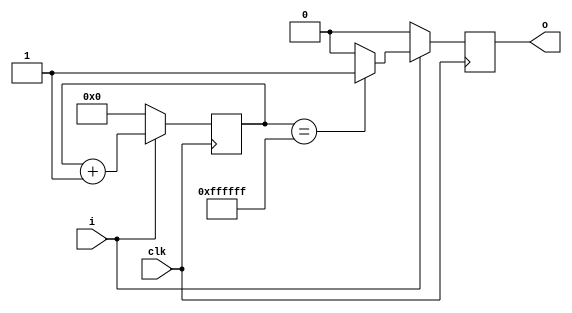
//--------------------------------------------------------------------------------------------
//
// Generated by X-HDL VHDL Translator - Version 2.0.0 Feb. 1, 2011
// ?? ?? 29 2018 17:05:09
//
//      Input file      : 
//      Component name  : debounce
//      Author          : 
//      Company         : 
//
//      Description     : 
//
//
//--------------------------------------------------------------------------------------------


module debounce(clk, i, o);
   input     clk;
   input     i;
   output    o;
   reg       o;
   
   
   reg [23:0] c;
   
   
   always @(posedge clk)
      
      begin
         if (i == 1'b1)
         begin
            if (c == 24'hFFFFFF)
               o <= 1'b1;
            else
               o <= 1'b0;
            c <= c + 1'd1;
         end
         else
         begin
            c <= 24'b0;
            o <= 1'b0;
         end
      end
   
endmodule